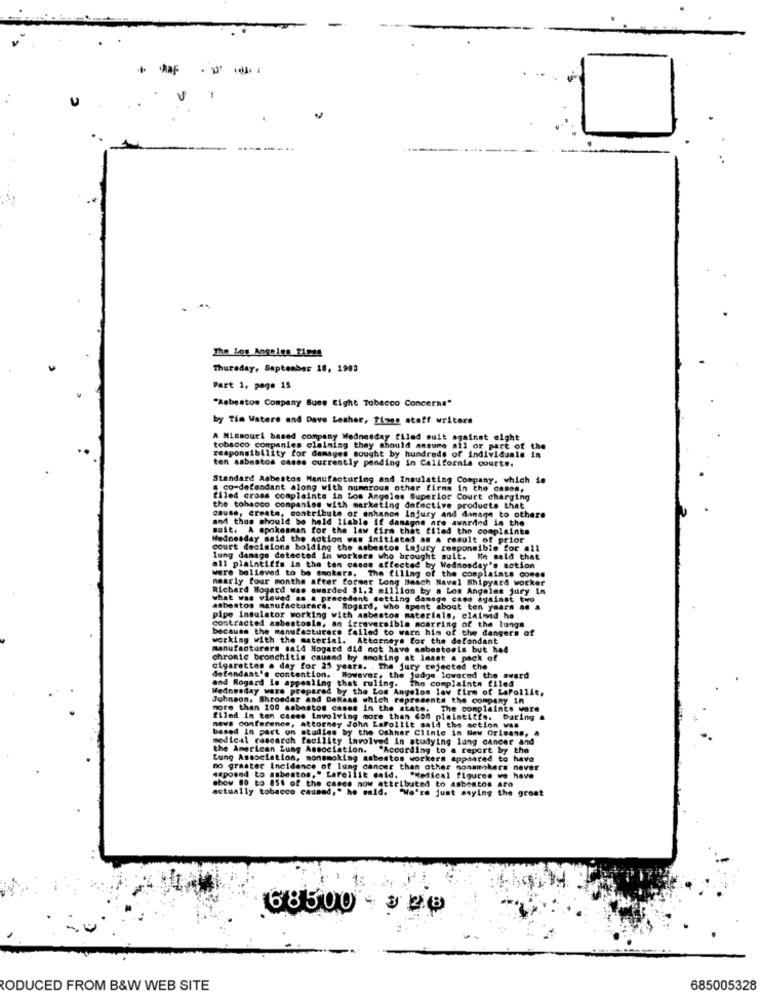
The Los Angeles Times
Thursday, September 18, 1980
Part 1, page 15
"Asbestos Company Bues Eight Tobacco Concerns"
by Tim Watere and Dave Lesher, Times staff writers
A Missouri based company Wednesday filed suit against eight
tobacco companies claiming they should ansure all or part of the
responsibility for damages sought by hundreds of individuals in
ten asbestos cases currently pending in California court ..
Standard Asbestos Manufacturing and Insulating Company, which is
a co-defendant along with numerous other firms in the casos,
filed cross complaints in Los Angeles Superior Court charging
the tobacco companies with marketing defective products that
and thus should be held ilable if danagne are awarand in the
cause, create, contribute of enhance Injury and damage to others
soit. A spokesman for the law firm that filed the complaints
Wednesday said the action was initiated as a result of prior
court decisions holding the asbestos injury responsible for all
lung damage detected in workers who brought suit. He said that
were believed to be smokers. The filing of the complaints comes
all plaintiffs in the ton cases affected by Wednesday's action
nearly four months after formar Long Beach Naval Shipyard worker
Richard Hogard was awarded $1.2 million by a Los Angeles jury In
what was viewed as a precedent dotting damage case against two
asbestos manufactorare. Rogard, who spent about ten years as a
pipe insulator working with asbestos materials, claimad he
contracted asbestosis, an irreversible mcarring of the lungs
because the manufacturers failed to warn him of the dangers of
working with the material. Attorneys for the defendant
manufacturers said Hogard did not have anbestosis but had
chronic bronchitis caused by smoking at least a pack of
cigarettes a day for 25 years. . The jury cejected the
defendant's contention. However, the judge lowered the award
and Rogard is appealing that ruling. the complaintn filed
Wednesday were prepared by the Los Angelos law firm of LaPollit,
Johnson, Shroedar and Dataas which represents the company in
more than 100 asbastos cases in the state. The complaints ware
filed in ton cases Involving more than 6on plaintiffs. baring
news conference, attorney John LaPollit said the action was
based in part on studies by the Oshmar Clinic in New Orleans,
medical research facility Involved in studying lung cancer and
the American Lung Association. "According to a report by the
Lung Association, monsmoking asbestos workers appeared to have
no greater Incidence of lung cancer than other nonsmokers never
"xposed to asbestos." Lareilit daid. "Medical figures we have
show 80 to 851 of the cases now attributed to asbestos aro
actually tobacco caused," he said.
"We're just saying the great
68500 - 320
RODUCED FROM B&W WEB SITE
685005328